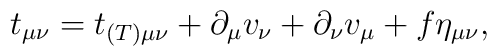
t_{\mu\nu}=t_{(T)\mu\nu} + \partial_{\mu}v_{\nu}+\partial_{\nu}v_{\mu}   + f\eta_{\mu\nu},